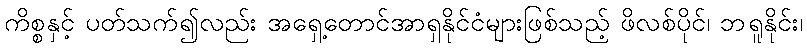
ကိစ္စနှင့် ပတ်သက်၍လည်း အရှေ့တောင်အာရှနိုင်ငံများဖြစ်သည့် ဖိလစ်ပိုင်၊ ဘရူနိုင်း၊